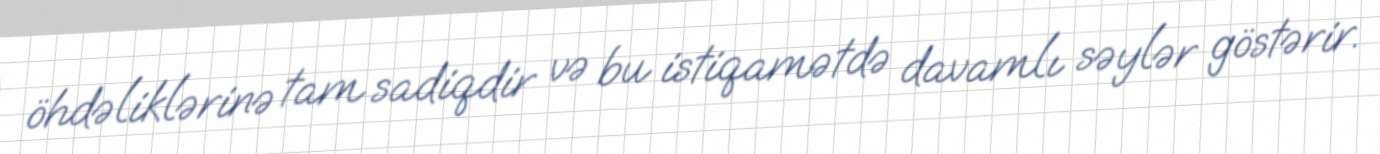
öhdəliklərinə tam sadiqdir və bu istiqamətdə davamlı səylər göstərir.